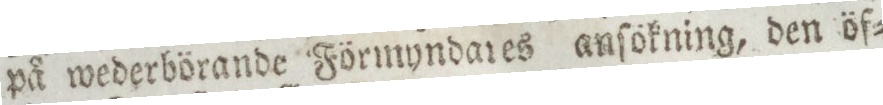
på wederbörande Förmyndares anſökning, den öf=